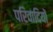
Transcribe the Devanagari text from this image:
परिवादियों